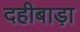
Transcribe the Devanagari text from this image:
दहीबाड़ा